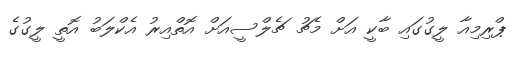
ޕްރިމިއާ ލީގުގައި ބާކީ އަށް މެޗު ޗެލްސީއަށް އޮތްއިރު އެކްލަބު އޮތީ ލީގުގެ